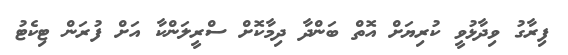
ފިރާގު ވިދާޅުވީ ކުރިޔަށް އޮތް ބަންދާ ދިމާކޮށް ސްރީލަންކާ އަށް ފުރަން ޓިކެޓު